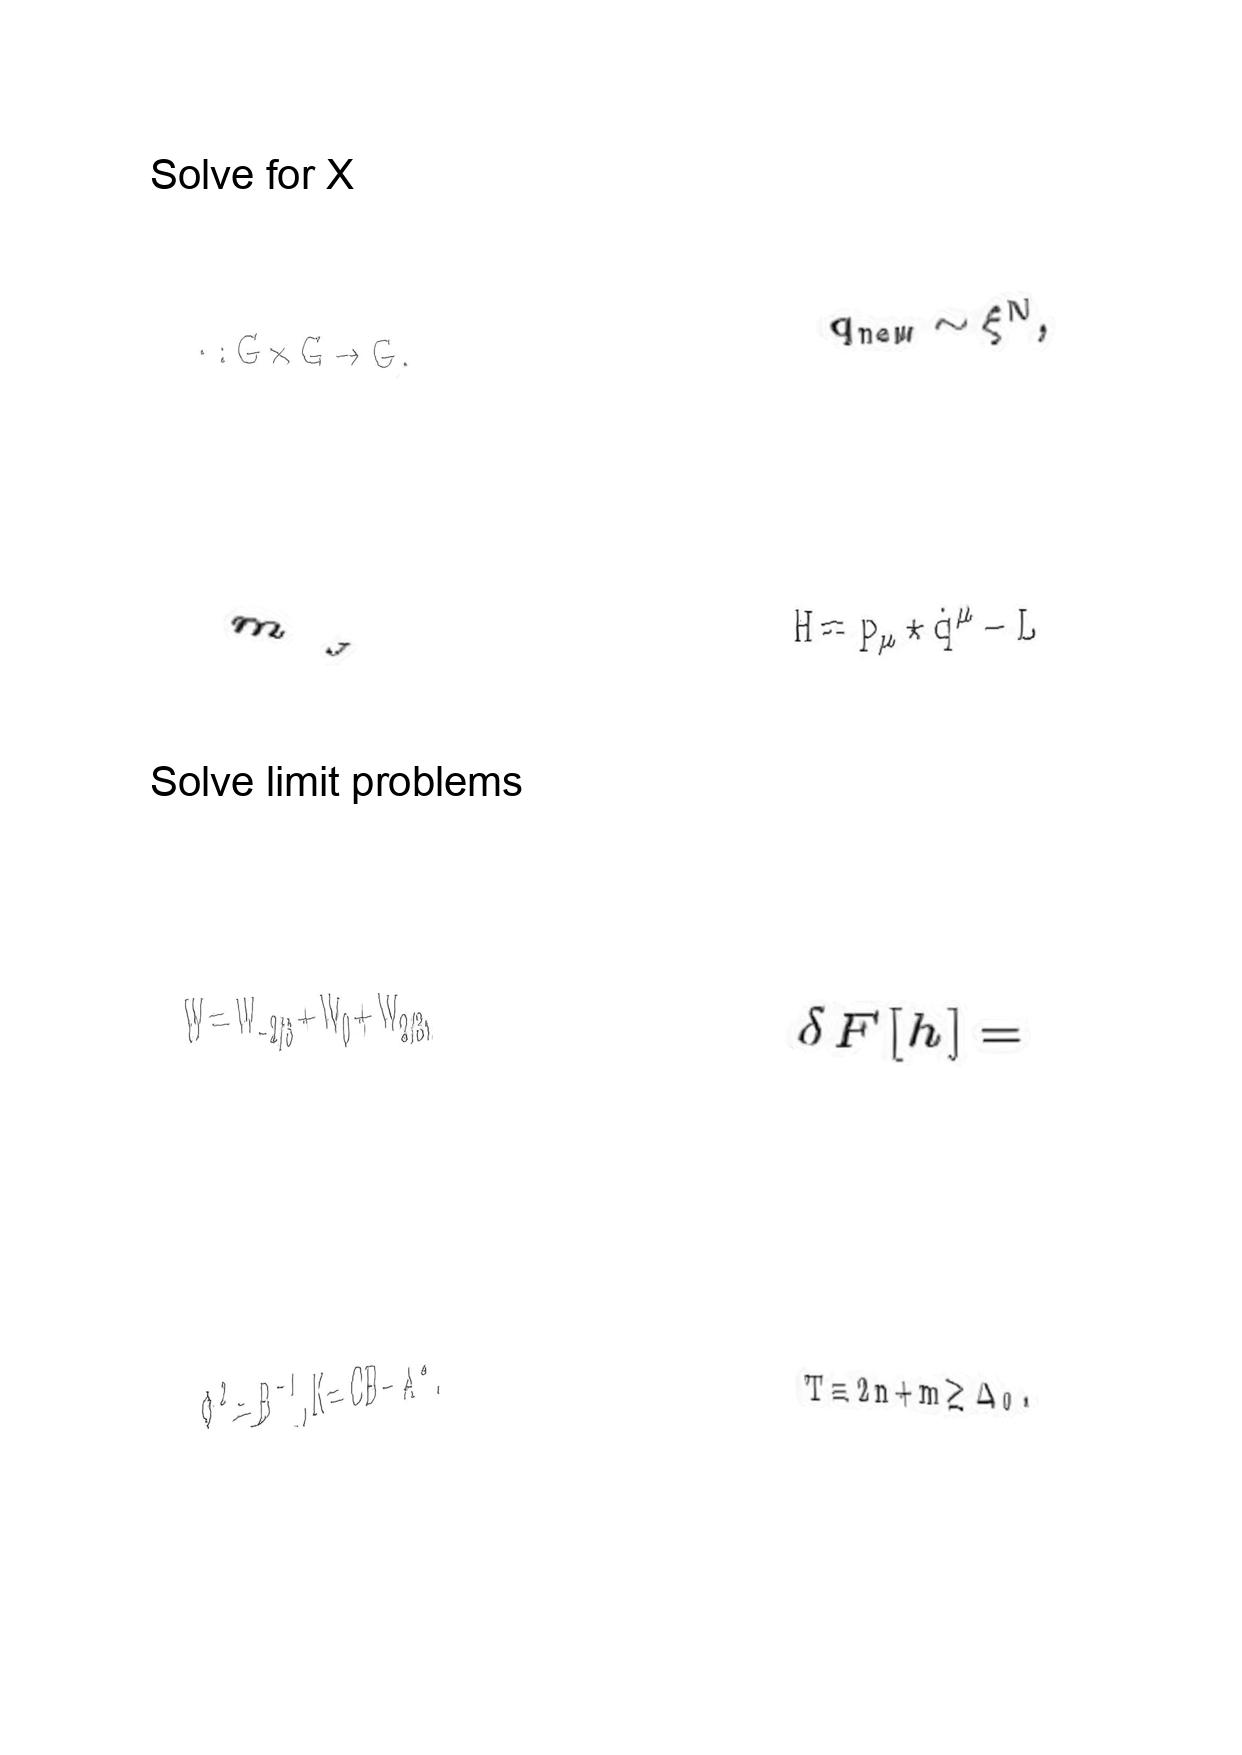
LaTeX transcription:
\cdot : G \times G \rightarrow G .
m _ { _ { J } }
W = W _ { - 2 / 3 } + W _ { 0 } + W _ { 2 / 3 } ,
\Phi ^ { 2 } = B ^ { - 1 } , K = C B - A ^ { 2 } .
q _ { n e w } \sim \xi ^ { N } ,
H = p _ { \mu } \star \dot { q } ^ { \mu } - L
\delta F \lbrack h \rbrack =
T \equiv 2 n + m \geq \Delta _ { 0 } .